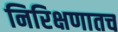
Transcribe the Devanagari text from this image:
निरिक्षणातच